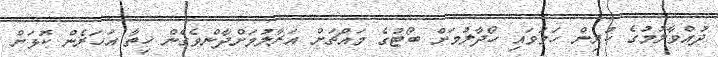
ދުއްވާލުމުގެ ކުރިން ހަމަވައި ހޯދާލުމަށް ބޯޓުގެ މައްޗަށް އަރާލުމަށްދާންވެގެން ހިތާ އަހަރެން ކޮޅަށް